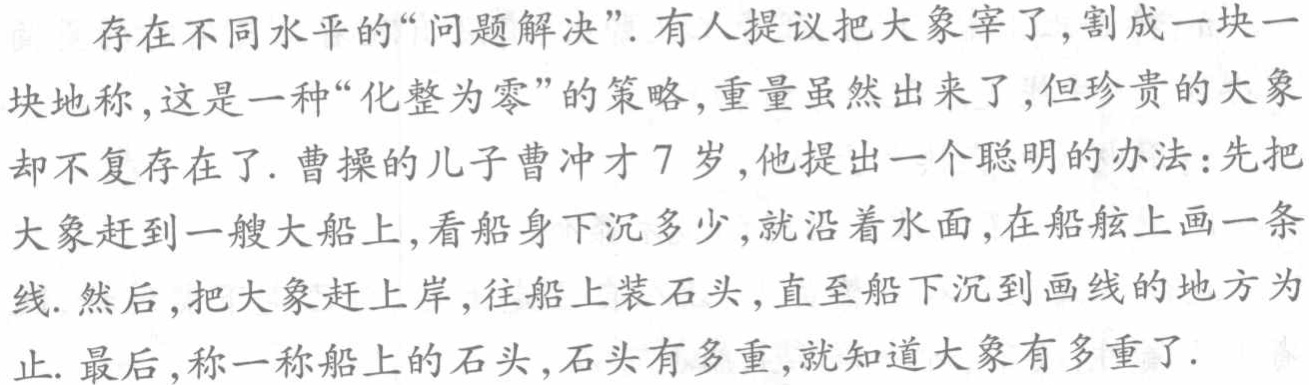
存在不同水平的“问题解决”. 有人提议把大象宰了, 割成一块一块地称, 这是一种“化整为零”的策略, 重量虽然出来了, 但珍贵的大象却不复存在了. 曹操的儿子曹冲才 7 岁, 他提出一个聪明的办法: 先把大象赶到一艘大船上, 看船身下沉多少, 就沿着水面, 在船舷上画一条线. 然后, 把大象赶上岸, 往船上装石头, 直至船下沉到画线的地方为止. 最后, 称一称船上的石头, 石头有多重, 就知道大象有多重了.